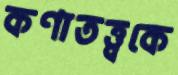
কণাতত্ত্বকে